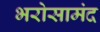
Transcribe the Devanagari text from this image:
भरोसामंद